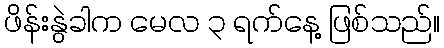
ဖိန်းနွဲခါက မေလ ၃ ရက်နေ့ ဖြစ်သည်။